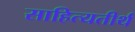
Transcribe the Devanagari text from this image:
साहित्यतीर्थ